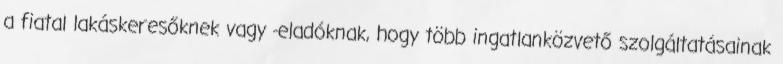
a fiatal lakáskeresőknek vagy -eladóknak, hogy több ingatlanközvető szolgáltatásainak